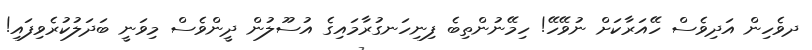
ދވެހިން އަދިވެސް ހޭއަރާކަށް ނުވޭހޭ! ހިމޭނުންތިބެ ފިނިހަނގުރާމައިގެ އުސޫލުން ދީންވެސް މިވަނީ ބަދަލުކުރެވިފައި!